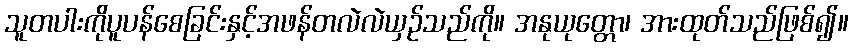
သူတပါးကိုပူပန်စေခြင်းနှင့်အဖန်တလဲလဲယှဉ်သည်ကို။ အနုယုတ္တော၊ အားထုတ်သည်ဖြစ်၍။